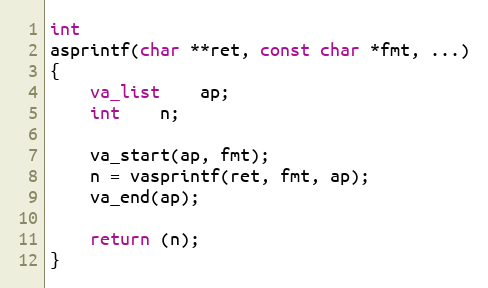
Language: C
int
asprintf(char **ret, const char *fmt, ...)
{
	va_list	ap;
	int	n;

	va_start(ap, fmt);
	n = vasprintf(ret, fmt, ap);
	va_end(ap);

	return (n);
}